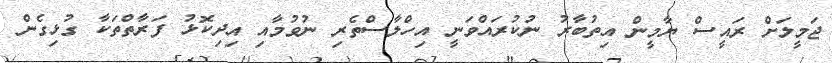
ޖަމީލަށް ރައީސް ޔާމީން އިތުބާރު ނުކުރައްވަނީ އިހްލާސްތެރި ނުވުމާއި އިދިކޮޅު ފަރާތްތަކާ ގުޅިގެން